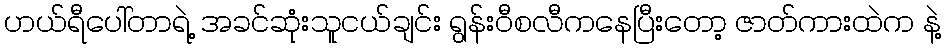
ဟယ်ရီပေါ်တာရဲ့ အခင်ဆုံးသူငယ်ချင်း ရွန်းဝီစလီကနေပြီးတော့ ဇာတ်ကားထဲက နဲ့